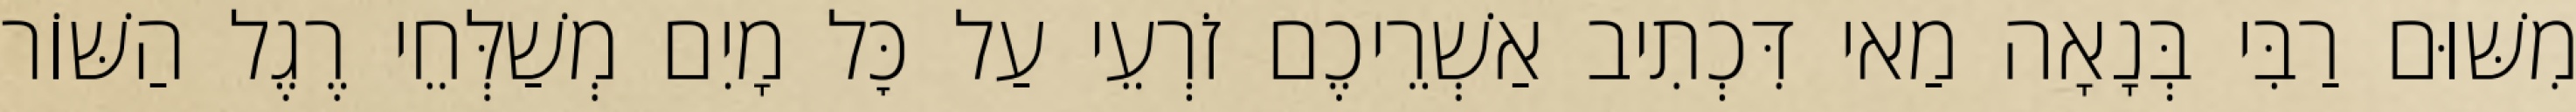
מִשּׁוּם רַבִּי בְּנָאָה מַאי דִּכְתִיב אַשְׁרֵיכֶם זֹרְעֵי עַל כׇּל מָיִם מְשַׁלְּחֵי רֶגֶל הַשּׁוֹר